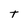
Character: t